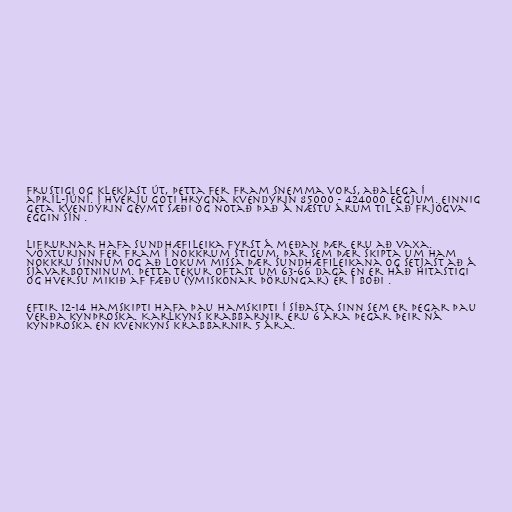
frustigi og klekjast út, þetta fer fram snemma vors, aðalega í
apríl-júní. Í hverju goti hrygna kvendýrin 85000 - 424000 eggjum. Einnig
geta kvendýrin geymt sæði og notað það á næstu árum til að frjógva
eggin sín .

Lifrurnar hafa sundhæfileika fyrst á meðan þær eru að vaxa.
Vöxturinn fer fram í nokkrum stigum, þar sem þær skipta um ham
nokkru sinnum og að lokum missa þær sundhæfileikana og setjast að á
sjávarbotninum. Þetta tekur oftast um 63-66 daga en er háð hitastigi
og hversu mikið af fæðu (ýmiskonar þörungar) er í boði .

Eftir 12-14 hamskipti hafa þau hamskipti í síðasta sinn sem er þegar þau
verða kynþroska. Karlkyns krabbarnir eru 6 ára þegar þeir ná
kynþroska en kvenkyns krabbarnir 5 ára.